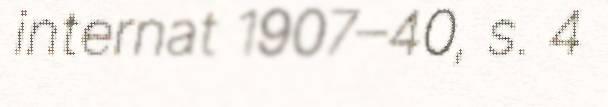
internat 1907–40, s. 4